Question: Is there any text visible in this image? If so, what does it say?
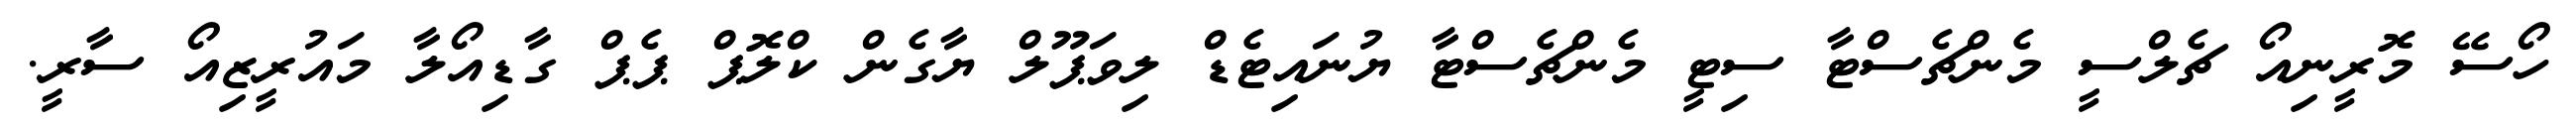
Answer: ހޯސޭ މޮރީނިއޯ ޗެލްސީ މެންޗެސްޓާ ސިޓީ މެންޗެސްޓާ ޔުނައިޓެޑް ލިވަޕޫލް ޔާގެން ކްލޮޕް ޕެޕް ގާޑިއޯލާ މައުރީޒިއޯ ސާރީ.